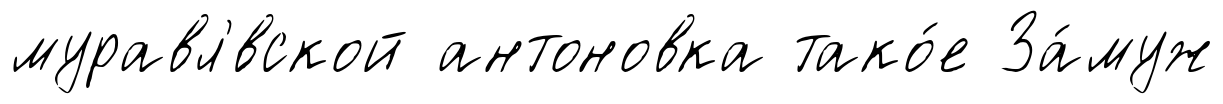
муравл'́вской антоновка тако́е За́муж